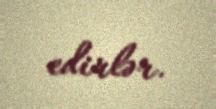
edirlər.